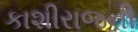
કાશીરાજની